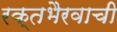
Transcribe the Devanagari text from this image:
रक्तभैरवाची